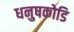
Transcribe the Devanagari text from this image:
धनुषकोडि